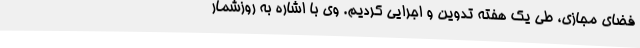
فضای مجازی، طی یک هفته تدوین و اجرایی کردیم. وی با اشاره به روزشمار